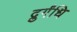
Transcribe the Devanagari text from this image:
द्रुर्गंधि